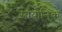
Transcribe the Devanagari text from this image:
सायोनि्क